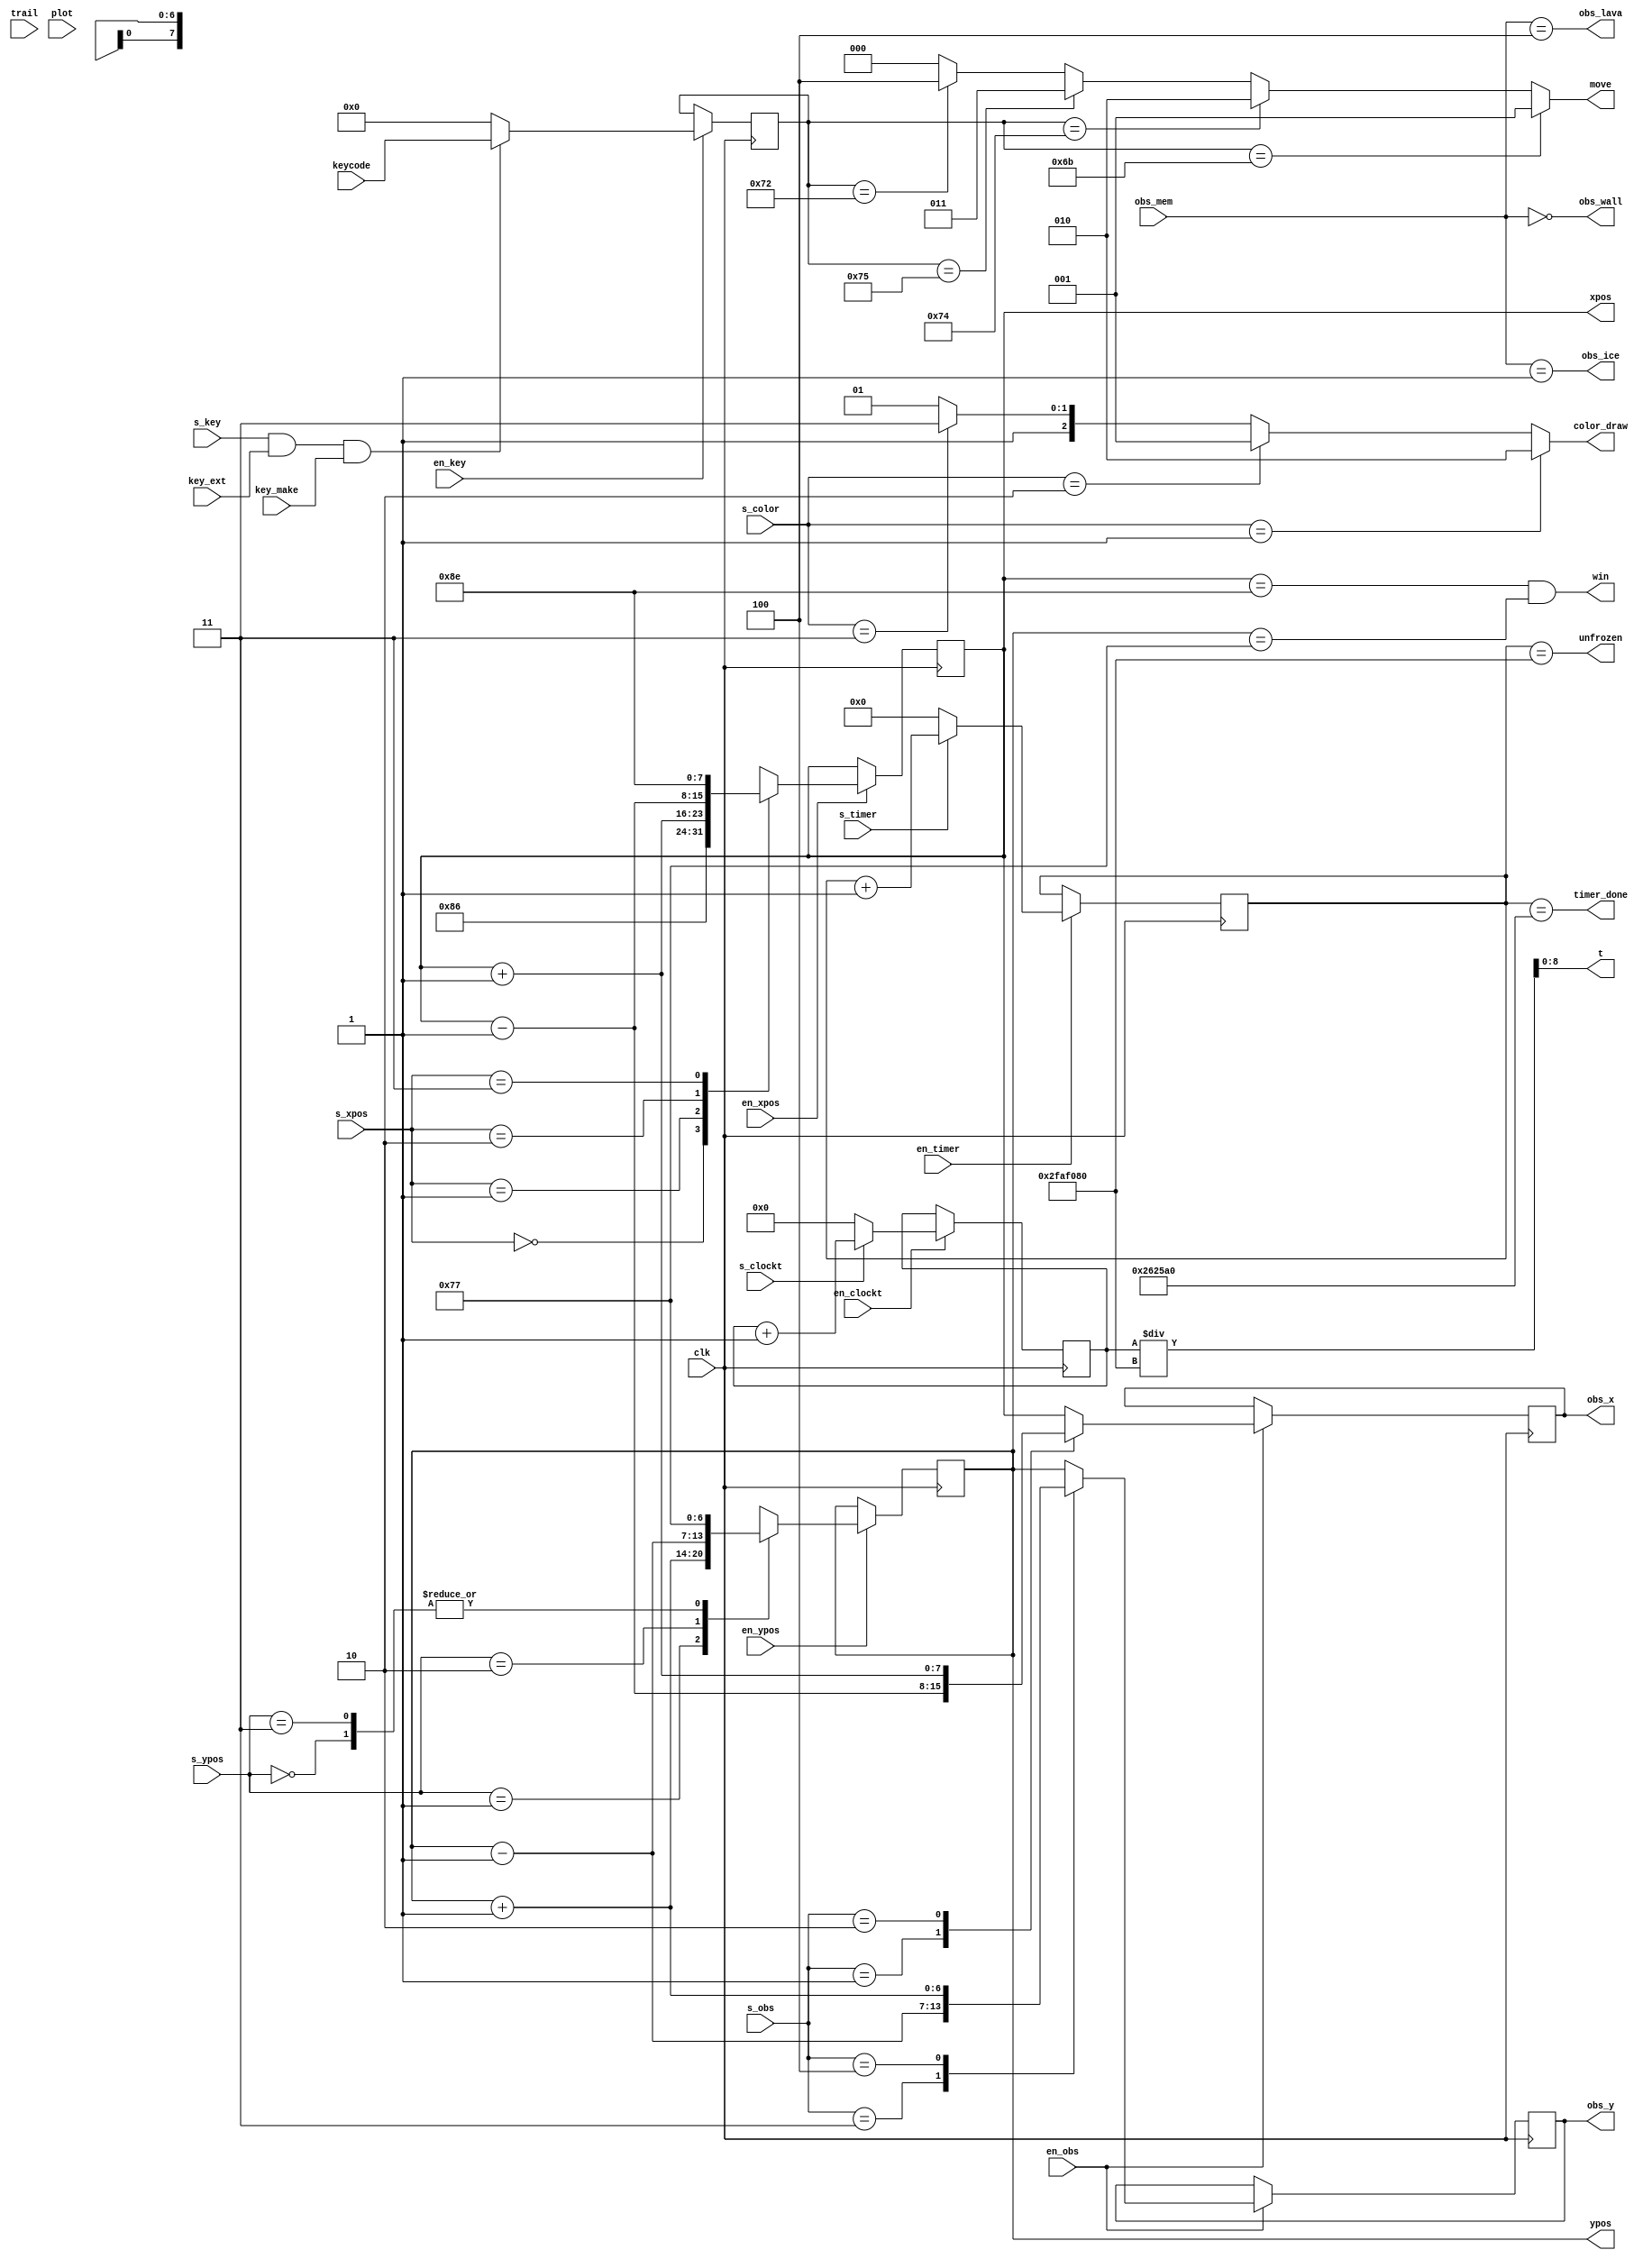
module datapath (
	input clk,
	input [7:0] keycode,
	input 		key_make,
	input			key_ext,
	input	[2:0]	obs_mem,
	input			trail,
	/*
	input en_move,
	input [2:0] s_move,
	*/
	input en_xpos,
	input [1:0] s_xpos,
	input en_ypos,
	input [1:0] s_ypos,
	input en_key,
	input s_key,
	input en_obs,
	input [2:0] s_obs,
	/*
	input en_win,
	input s_win,
	*/
	input [1:0] s_color,
	input plot,
	input en_timer,
	input s_timer,
	
	//outputs
	output reg [7:0] xpos,
	output reg [6:0] ypos,
	output reg [7:0] obs_x,
	output reg [6:0] obs_y,
	output [2:0] color_draw,
	
	//flags
	output [2:0] move,
	output obs_wall,
	output obs_lava,
	output obs_ice,
	output unfrozen,
	output win,
	output timer_done,

   input en_clockt,
   input s_clockt,
   output [8:0] t
);

	parameter BLACK = 3'b000;
	parameter WHITE = 3'b111;
	
	parameter RED	 = 3'b100;
	parameter GREEN = 3'b010;
	parameter BLUE  = 3'b001;
	
	parameter PURPLE = 3'b101;
	parameter TEAL   = 3'b011;
	parameter YELLOW = 3'b110;
	
	parameter TIMER_LIMIT = 26'd2_500_000;
	parameter UNFROZEN_LIMIT = 26'd50_000_000;
	
	parameter INIT_X = 8'h86;
	parameter INIT_Y = 8'h77;
	
	parameter END_X = 8'h8E;
	parameter END_Y = 8'h77;
	
	parameter KEY_LEFT = 8'h6b;
	parameter KEY_RIGHT = 8'h74;
	parameter KEY_UP = 8'h75;
	parameter KEY_DOWN = 8'h72;
	
	reg [25:0] timer;
    reg [33:0] clockt;
	
	reg [7:0] key;

    assign t = clockt / 26'd50_000_000;

	/*
	//move stage
	always @(posedge clk)
	if (en_move)
	move <= s_move;
	*/
	
	//timer stage
	always @(posedge clk)
		if (en_timer)
			if (s_timer)
				timer <= timer + 1;
			else
				timer <= 0;

    always @(posedge clk)
        if (en_clockt)
            if (s_clockt)
                clockt <= clockt + 1;
            else
                clockt <= 0;
	
	//xpos stage
	always @(posedge clk)
		if (en_xpos)
			case (s_xpos)
				0: xpos <= INIT_X;
				1: xpos <= xpos + 1;
				2: xpos <= xpos - 1;
				3: xpos <= END_X;
				default: xpos <= INIT_X;
			endcase
			
	//ypos stage
	always @(posedge clk)
		if (en_ypos)
			case (s_ypos)
				0: ypos <= INIT_Y;
				1: ypos <= ypos + 1;
				2: ypos <= ypos - 1;
				3:	ypos <= END_Y;
				default: ypos <= INIT_Y;
			endcase
		
	//key stage
	always @(posedge clk)
		if (en_key)
			if (s_key && key_ext && key_make) begin
				key <= keycode;
			end
			else begin
				key <= 0;
			end
			
	// obs stage
	always @(posedge clk)
		if (en_obs)
			case (s_obs)
				0:	begin obs_x <= xpos; 	 obs_y <= ypos; end
				1:	begin obs_x <= xpos - 1; obs_y <= ypos; end
				2:	begin obs_x <= xpos + 1; obs_y <= ypos; end
				3:	begin obs_x <= xpos; 	 obs_y <= ypos - 1; end
				4: begin obs_x <= xpos;		 obs_y <= ypos + 1; end
				default:begin obs_x <= xpos;obs_y <= ypos; end
			endcase
			
	assign move =
			key == KEY_LEFT ? 3'd1 :
			key == KEY_RIGHT ? 3'd2 :
			key == KEY_UP ? 3'd3 :
			key == KEY_DOWN ? 3'd4 :
			0;
				
		
	// vga stage
	assign color_draw = (
			s_color == 2'd1 ? GREEN :
			s_color == 2'd2 ? BLUE :
			s_color == 2'd3 ? WHITE :
			trail ? PURPLE : PURPLE
	);
				
	//FLAGS
	assign timer_done = (timer == TIMER_LIMIT);
	
	assign obs_wall = (obs_mem == BLACK);
	assign obs_lava = (obs_mem == RED);
	assign obs_ice  = (obs_mem == BLUE);
	
	assign unfrozen =	(timer == UNFROZEN_LIMIT);
	
	assign win = ((xpos == END_X) && (ypos == END_Y));
	

endmodule